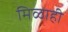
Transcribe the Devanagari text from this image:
मिळाही